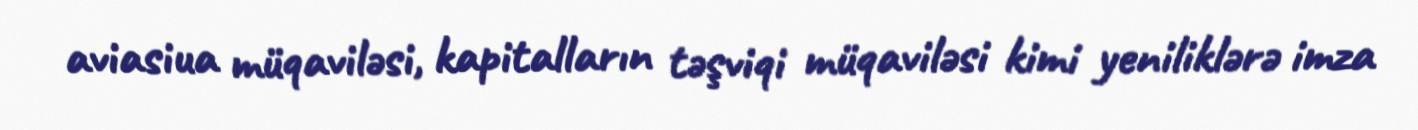
aviasiua müqaviləsi, kapitalların təşviqi müqaviləsi kimi yeniliklərə imza